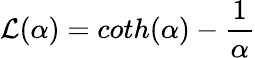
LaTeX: {\mathcal{L}}(\alpha)=coth(\alpha)-{\frac{1}{\alpha}}